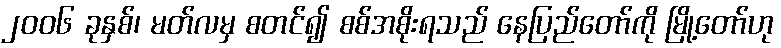
၂၀၀၆ ခုနှစ်၊ မတ်လမှ စတင်၍ စစ်အစိုးရသည် နေပြည်တော်ကို မြို့တော်ဟု